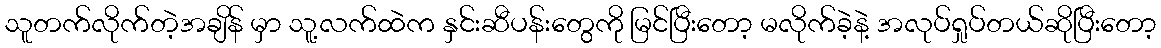
သူတက်လိုက်တဲ့အချိန် မှာ သူ့လက်ထဲက နှင်းဆီပန်းတွေကို မြင်ပြီးတော့ မလိုက်ခဲ့နဲ့ အလုပ်ရှုပ်တယ်ဆိုပြီးတော့